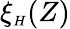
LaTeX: \xi_{{\scriptscriptstyle H}}(Z)